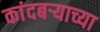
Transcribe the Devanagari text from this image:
कांदबऱ्याच्या